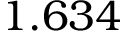
1 . 6 3 4